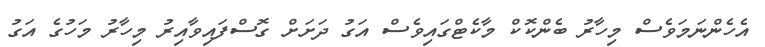
އެހެންނަމަވެސް މިހާރު ބެންކޮކް މާކެޓްގައިވެސް އަގު ދަށަށް ގޮސްފައިވާއިރު މިހާރު މަހުގެ އަގު